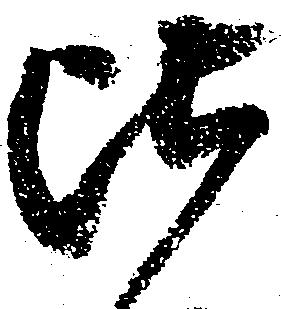
比